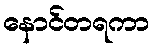
နောင်တရကာ